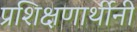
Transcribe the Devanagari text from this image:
प्रशिक्षणार्थीनी